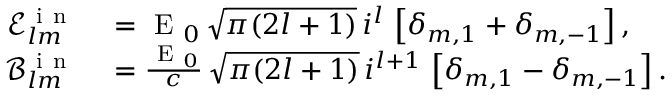
\begin{array} { r l } { \mathcal { E } _ { l m } ^ { \mathrm { ~ i ~ n ~ } } } & { { } = \mathrm { ~ E ~ } _ { 0 } \, \sqrt { \pi ( 2 l + 1 ) } \, i ^ { l } \, \left[ \delta _ { m , 1 } + \delta _ { m , - 1 } \right] , } \\ { \mathcal { B } _ { l m } ^ { \mathrm { ~ i ~ n ~ } } } & { { } = \frac { \mathrm { ~ E ~ } _ { 0 } } { c } \, \sqrt { \pi ( 2 l + 1 ) } \, i ^ { l + 1 } \, \left[ \delta _ { m , 1 } - \delta _ { m , - 1 } \right] . } \end{array}